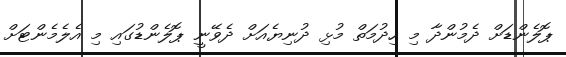
ޕޮލެންޑަށް ދެމުންދާ މި ހިދުމަތް މުޅި ދުނިޔެއަށް ދެވޭނީ ޕޮލެންޑުގައި މި އެލެމެންޓަށް